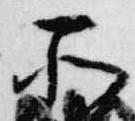
所